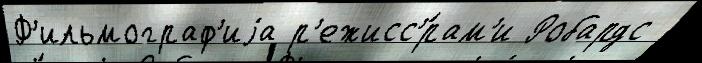
Ф'ильмограф'иjа р'ежисс'́рам'и Робардс